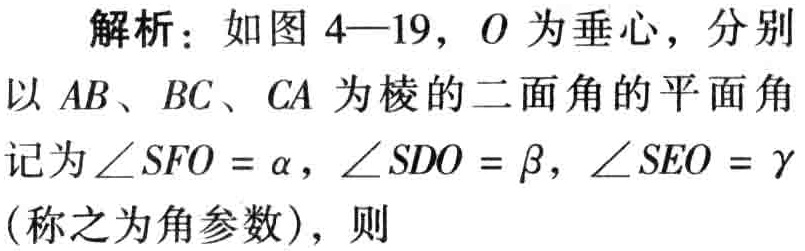
解析：如图 4—19，$O$ 为垂心，分别以 $AB$、$BC$、$CA$ 为棱的二面角的平面角记为 $\angle SFO = \alpha$，$\angle SDO = \beta$，$\angle SEO = \gamma$（称之为角参数），则